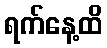
ရက်နေ့ထိ